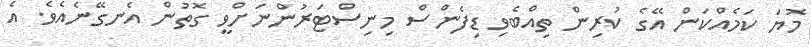
މޮޔަ ކަމެއްކަން އޭގެ ކުރިން ތިއްބެވި ޑިފެންސް މިނިސްޓަރުންނަށްވީ ގޮތުން އެނގޭނެއެވެ. އެ